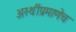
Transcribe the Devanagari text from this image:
अस्थींप्रमाणेच